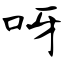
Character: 呀